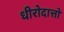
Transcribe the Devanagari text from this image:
धीरोदात्तो